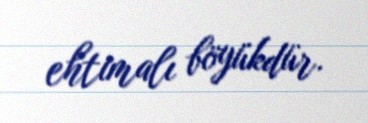
ehtimalı böyükdür.